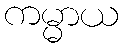
ကမ္မာယ